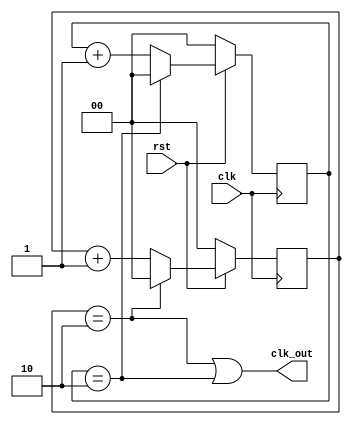
module frequency_divider_by3(clk,rst, clk_out);
 
input clk;
input rst;
output clk_out;
 
reg [1:0] pos_count, neg_count;
 
always @(posedge clk)
	if (~rst)
		pos_count <=0;
	else if (pos_count ==2'b10) 
		pos_count <= 0;
	else 
		pos_count<= pos_count +1;
 
always @(negedge clk)
	if (~rst)
		neg_count <=0;
	else  if (neg_count == 2'b10) 
		neg_count <= 0;
	else 
		neg_count<= neg_count +1;
 
assign clk_out = ((pos_count == 2'b10) || (neg_count == 2'b10));
endmodule